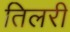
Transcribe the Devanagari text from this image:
तिलरी